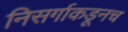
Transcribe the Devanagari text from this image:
निसर्गाकडूनच